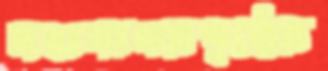
মহাসাগরপৃষ্ঠের